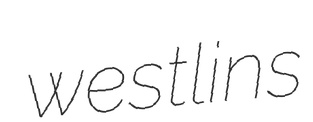
westlins